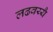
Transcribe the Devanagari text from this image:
लढवय्यै